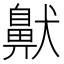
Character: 𫜤